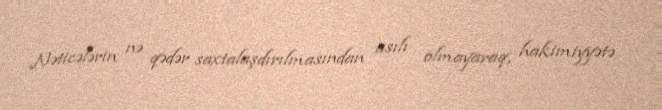
Nəticələrin nə qədər saxtalaşdırılmasından asılı olmayaraq, hakimiyyətə